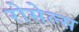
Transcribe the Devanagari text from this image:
रोसेल्स